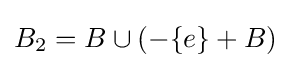
B_{2}=B\cup (-\{e\}+B)